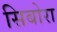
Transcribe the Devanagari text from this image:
सिबोरा